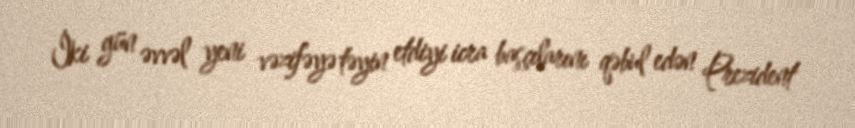
İki gün əvvəl yeni vəzifəyə təyin etdiyi icra başçılarını qəbul edən Prezident